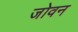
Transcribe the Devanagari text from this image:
जोवन